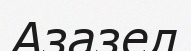
Азазел